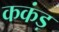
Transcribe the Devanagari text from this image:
ककंड़